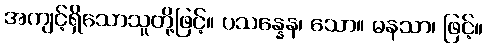
အကျင့်ရှိသောသူတို့ဖြင့်။ ပသန္နေန၊ သော။ မနသာ၊ ဖြင့်။